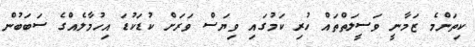
ކިތަންމެ ޒަމާނީ ވަސީލަތްތައް ހުރި ކަމުގައި ވިޔަސް ވަރަށް ކުޑަކުޑަ އިހުމާލެއްގެ ސަބަބުން